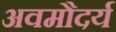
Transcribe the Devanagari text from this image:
अवमौदर्य